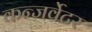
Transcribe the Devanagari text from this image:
कन्जर्वेटर